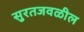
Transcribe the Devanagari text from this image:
सुरतजवळील